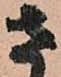
さ